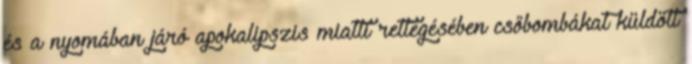
és a nyomában járó apokalipszis miatti rettegésében csőbombákat küldött